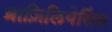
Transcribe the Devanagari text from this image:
ब्राज़िलियेसिंस